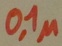
Text: 0,1µ